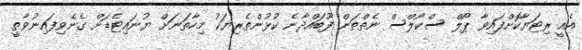
އެއީ ރިޓަޔާކޮށްފައިވާ ޕޯލް ސްކޯލްސް ނެތްތަން ފޫބައްދާނެ ކުޅުންތެރިޔަކު މިހާތަނަށް ޔުނައިޓެޑަށް ގެނެވިފައިނުވާތީ